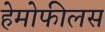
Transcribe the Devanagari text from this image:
हेमोफीलस